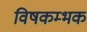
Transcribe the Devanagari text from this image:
विषकम्भक